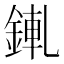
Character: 錷